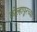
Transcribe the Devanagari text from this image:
कोल्‍हापूरच्या